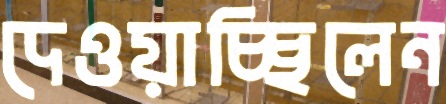
দেওয়াচ্ছিলেন